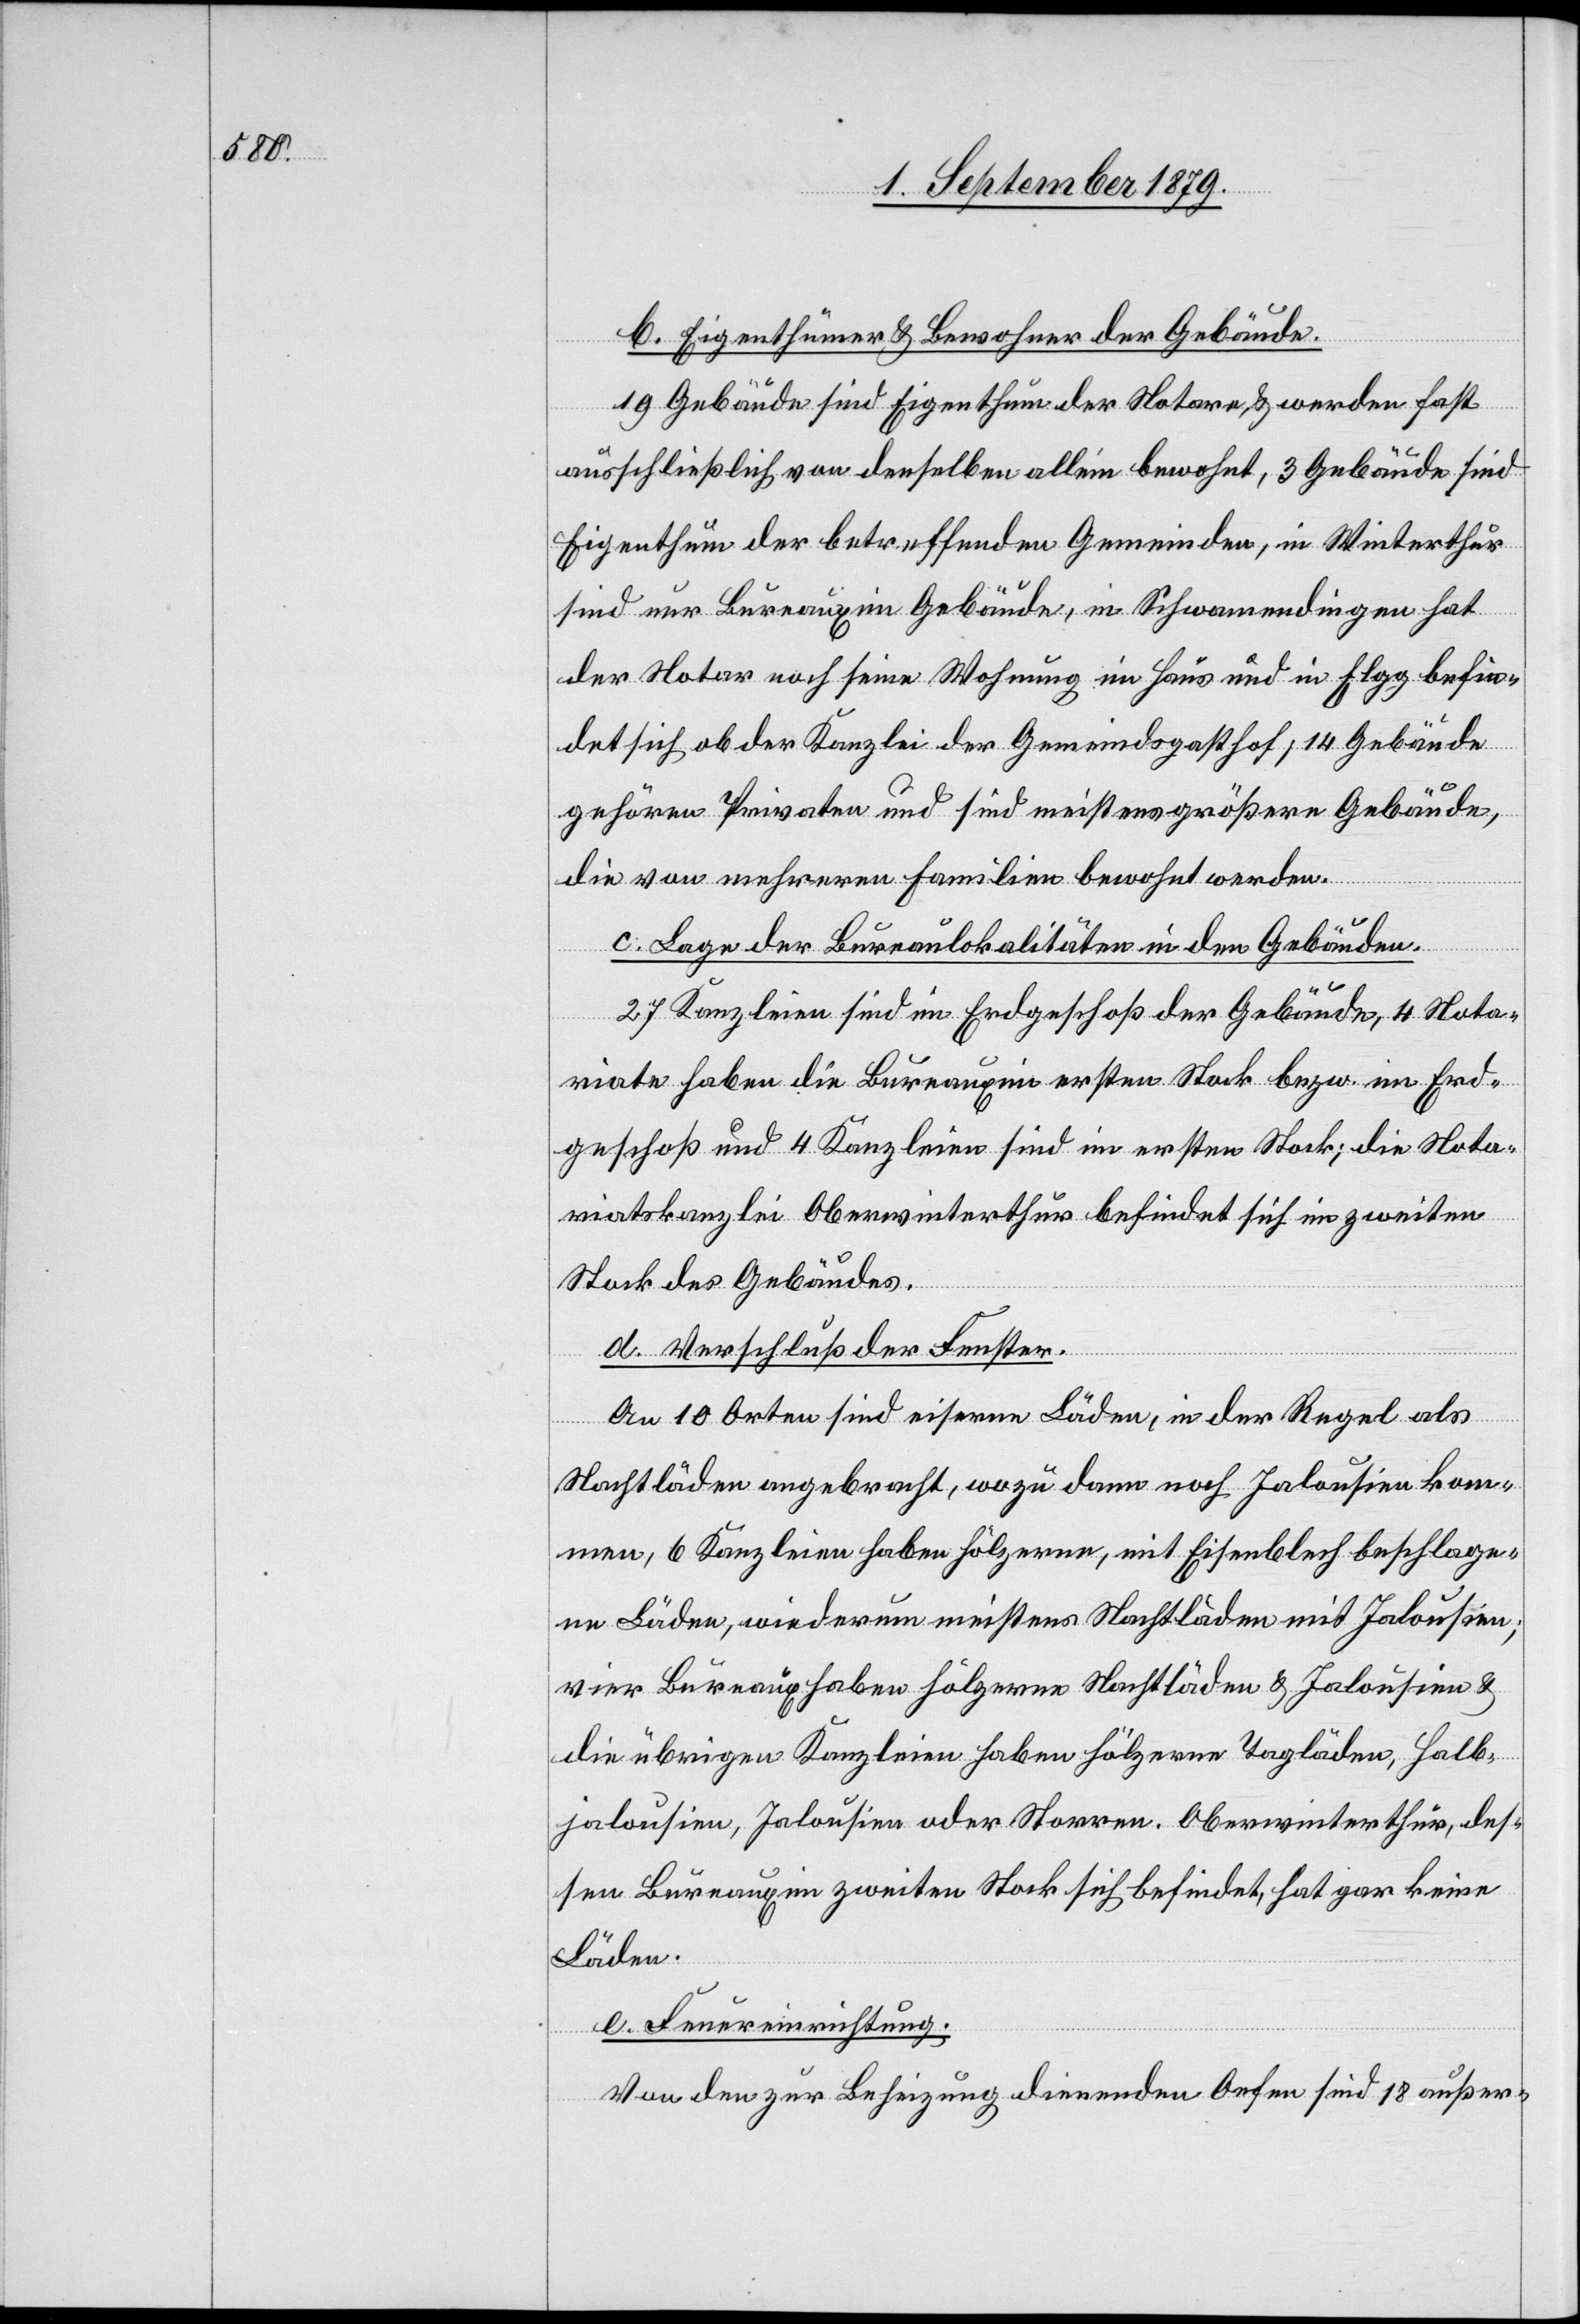
b. Eigenthümer & Bewohner der Gebäude.
19 Gebäude sind Eigenthum der Notare & werden fast
ausschließlich von denselben allein bewohnt, 3 Gebäude sind
Eigenthum der betreffenden Gemeinden, in Winterthur
sind nur Bureaux im Gebäude, in Schwamendingen hat
der Notar noch seine Wohnung im Haus und in Elgg befin¬
det sich ob der Kanzlei der Gemeindsgasthof; 14 Gebäude
gehören Privaten und sind meistens größere Gebäude,
die von mehreren Familien bewohnt werden.
c. Lage der Bureaulokalitäten in den Gebäuden.
27 Kanzleien sind im Erdgeschoß der Gebäude, 4 Nota¬
riate haben die Bureaux im ersten Stock bezw. im Erd¬
geschoß und 4 Kanzleien sind im ersten Stock; die Nota¬
riatskanzlei Oberwinterthur befindet sich im zweiten
Stock des Gebäudes.
d. Verschluß der Fenster.
An 10 Orten sind eiserne Läden, in der Regel als
Nachtläden angebracht, wozu dann noch Jalousien kom¬
men, 6 Kanzleien haben hölzerne, mit Eisenblech beschlage¬
ne Läden, wiederum meistens Nachtläden mit Jalousien;
vier Bureaux haben hölzerne Nachtläden & Jalousien &
die übrigen Kanzleien haben hölzerne Tagläden, Halb¬
jalousien, Jalousien oder Storen. Oberwinterthur, des¬
sen Bureaux im zweiten Stock sich befindet, hat gar keine
Läden.
e. Feuereinrichtung.
Von den zur Beheizung dienenden Oefen sind 18 außer-